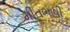
મીતભાષી